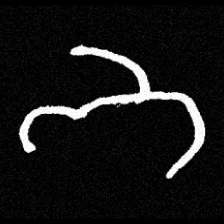
Pyu character \u2014 Myanmar letter: ဘ (romanized: bha)